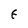
Character: E